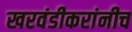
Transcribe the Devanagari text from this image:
खरवंडीकरांनीच